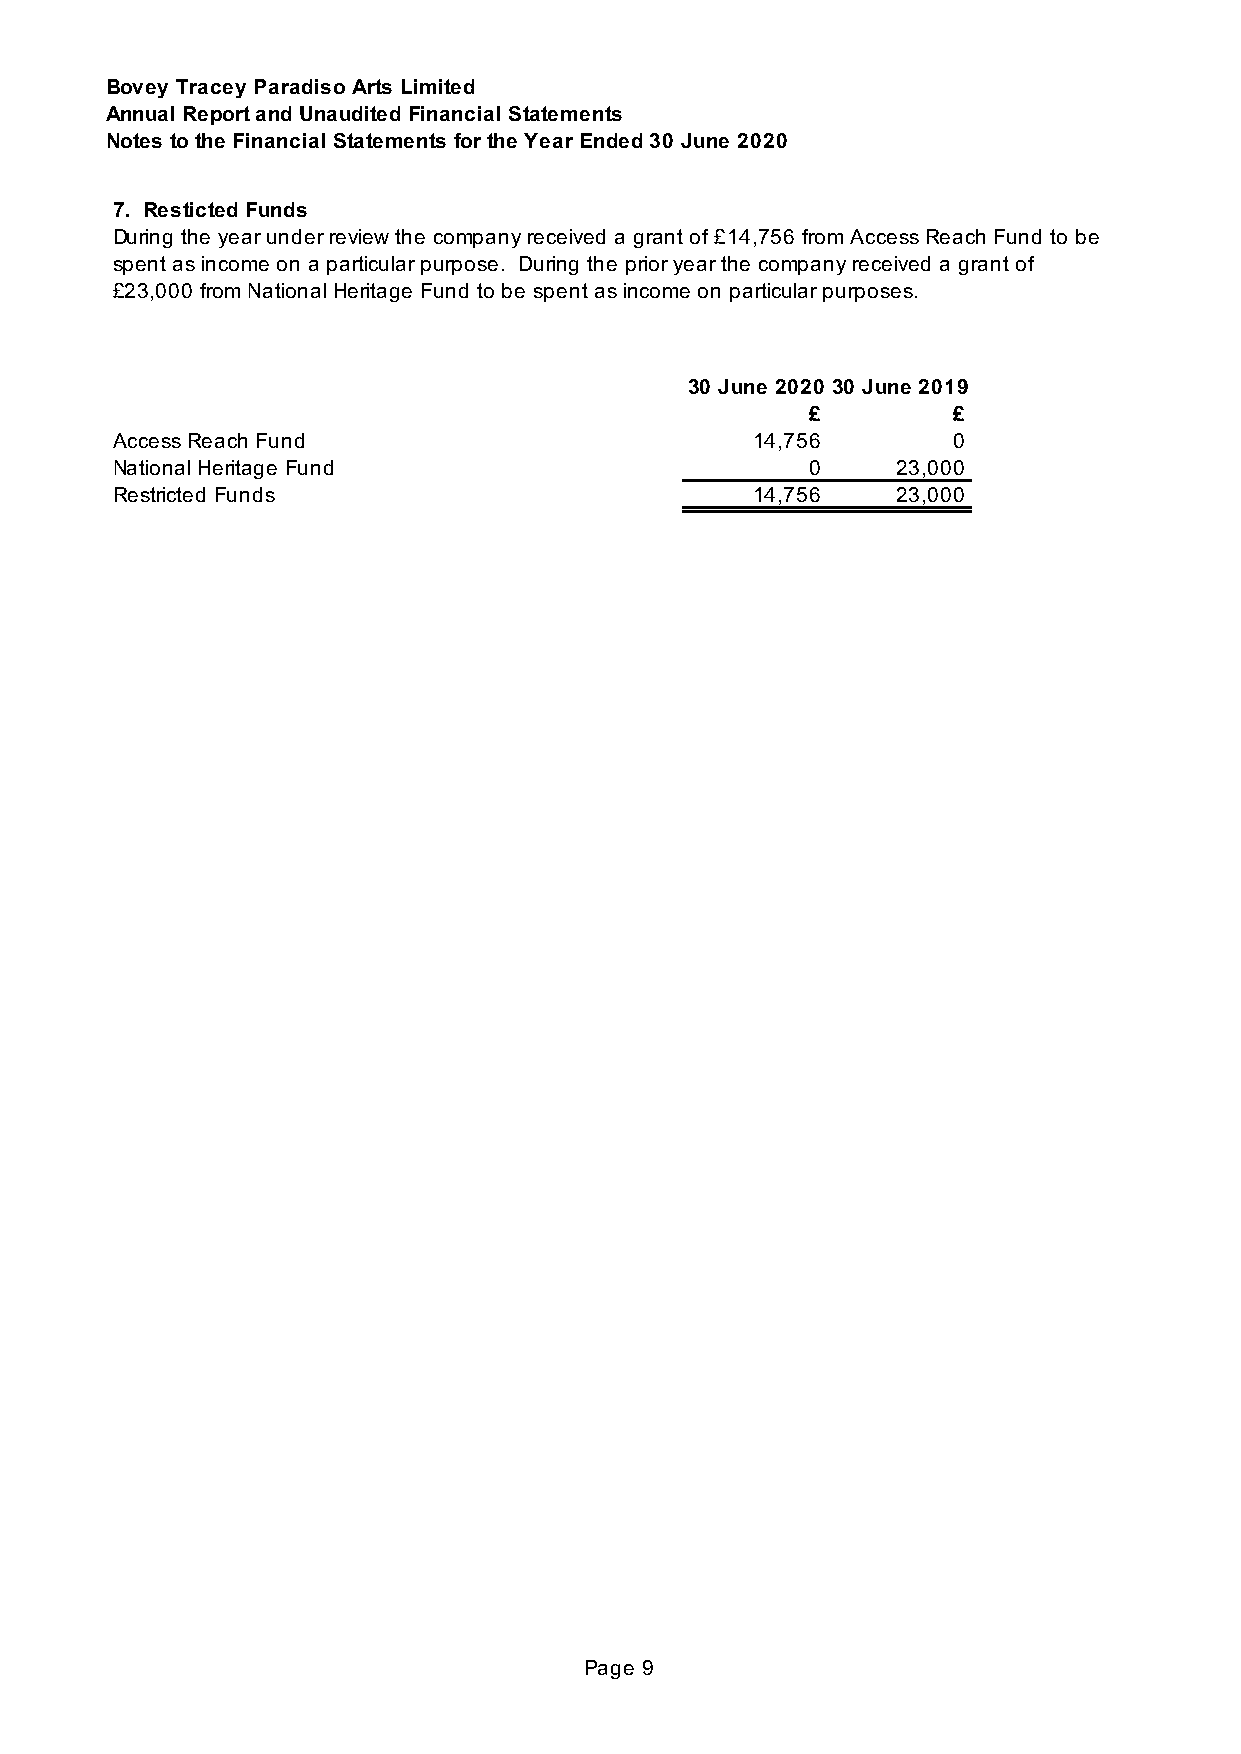
Bovey Tracey Paradiso Arts Limited
 Annual Report and Unaudited Financial Statements
 Notes to the Financial Statements for the Year Ended 30 June 2020
 7. Resticted Funds
 During the year under review the company received a grant of £14,756 from Access Reach Fund to be
 spent as income on a particular purpose. During the prior year the company received a grant of
 £23,000 from National Heritage Fund to be spent as income on particular purposes.
 30 June 2020 30 June 2019
 £        £
 Access Reach Fund                          14,756       0
 National Heritage Fund                         0    23,000
 Restricted Funds                           14,756   23,000
 Page 9